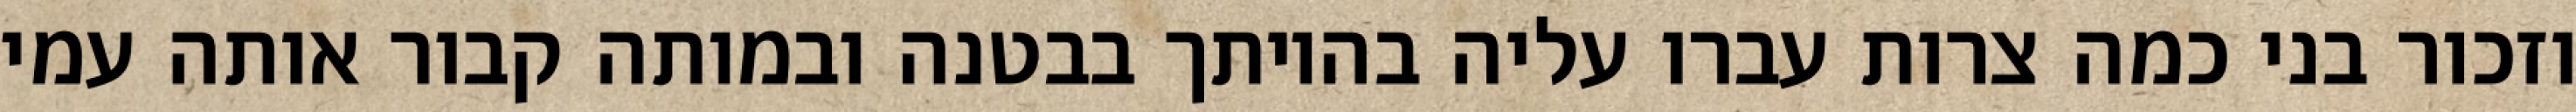
וזכור בני כמה צרות עברו עליה בהיותך בבטנה ובמותה קבור אותה עמי